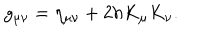
LaTeX: g _ { \mu \nu } = \eta _ { \mu \nu } + 2 h K _ { \mu } K _ { \nu } .